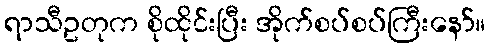
ရာသီဥတုက စိုထိုင်းပြီး အိုက်စပ်စပ်ကြီးနော်။